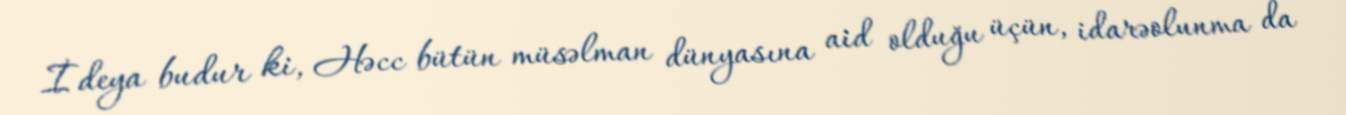
İdeya budur ki, Həcc bütün müsəlman dünyasına aid olduğu üçün, idarəolunma da